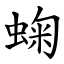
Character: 䗇